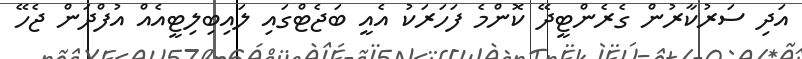
އަދި ސަރުކާރުން ގެރެންޓީދޭ ކޮންމެ ފަހަރަކު އެއީ ބަޖެޓްގައި ލައިބިލިޓީއެއް އުފްދަން ޖެހޭ